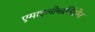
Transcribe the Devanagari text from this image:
एमाइलोबार्बिटोन